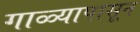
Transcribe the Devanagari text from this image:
गाळ्यापासून